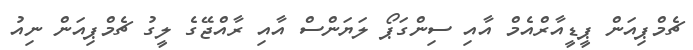
ޗެމްޕިއަން ޕީޑީއާރްއެމް އާއި ސިންގަޕޯ ލަޔަންސް އާއި ރާއްޖޭގެ ލީގު ޗެމްޕިއަން ނިއު